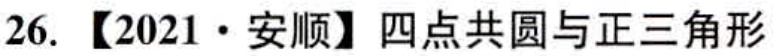
26. 【2021·安顺】四点共圆与正三角形